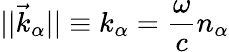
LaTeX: ||\vec{k}_{\alpha}||\equiv k_{\alpha}=\frac{\omega}{c}n_{\alpha}